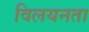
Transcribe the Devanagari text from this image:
विलयनता